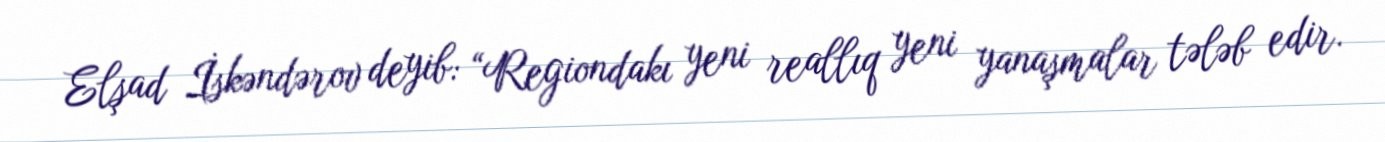
Elşad İskəndərov deyib: “Regiondakı yeni reallıq yeni yanaşmalar tələb edir.